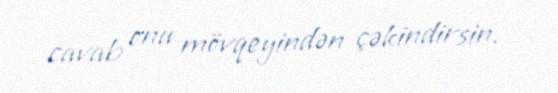
cavab onu mövqeyindən çəkindirsin.